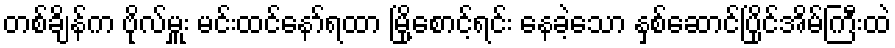
တစ်ချိန်က ဗိုလ်မှူး မင်းထင်နော်ရထာ မြို့စောင့်ရင်း နေခဲ့သော နှစ်ဆောင်ပြိုင်အိမ်ကြီးထဲ